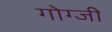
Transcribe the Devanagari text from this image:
गोग्जी